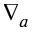
\nabla _ { a }